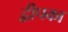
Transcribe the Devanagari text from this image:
द्वीपका